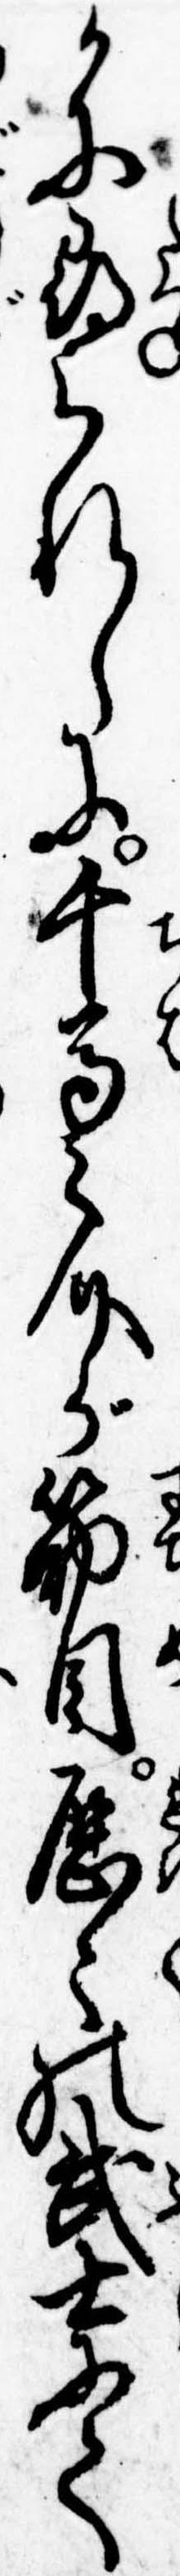
かに尋られしに千馬之介が筋目歴々の武士にて